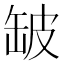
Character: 𮉲